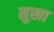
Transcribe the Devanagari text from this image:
मुखा